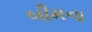
બીમના